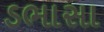
ડભાસા